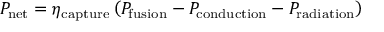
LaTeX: P _ { \mathrm { n e t } } = \eta _ { \mathrm { c a p t u r e } } \left( P _ { \mathrm { f u s i o n } } - P _ { \mathrm { c o n d u c t i o n } } - P _ { \mathrm { r a d i a t i o n } } \right)